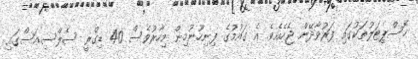
ހޮސްޕިޓަލުތަކުގައި ފަރުވާދޭން ޖެހެއެވެ. އެެ ގައުމުގެ ފިނިހޫނުމިން މިހާރުވެސް 40 ޑިގްރީ ސެލްސިއަސްގައި